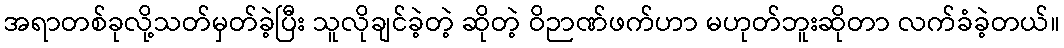
အရာတစ်ခုလို့သတ်မှတ်ခဲ့ပြီး သူလိုချင်ခဲ့တဲ့ ဆိုတဲ့ ဝိဉာဏ်ဖက်ဟာ မဟုတ်ဘူးဆိုတာ လက်ခံခဲ့တယ်။